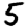
Digit: 5